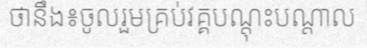
ថានឹង៖ចូលរួមគ្រប់វគ្គបណ្តុះបណ្តាល